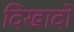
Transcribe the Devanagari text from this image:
दिखादो